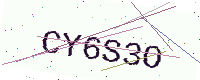
Text: CY6S3O